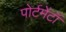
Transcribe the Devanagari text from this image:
पोर्टमेंटॉ